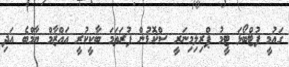
ގައުމީ ފުޓްބޯޅަ ޓީމު ޕްރިލިމިނަރީ ސްކޮޑުން ފުރަތަމަ ބާކީކުރީ އައްޒާމް ޔާމްބެ އަދި